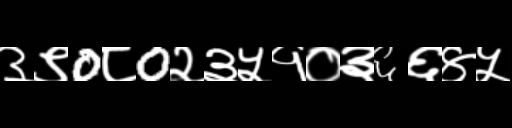
Text: ३९0८0२३५१०३६६४५